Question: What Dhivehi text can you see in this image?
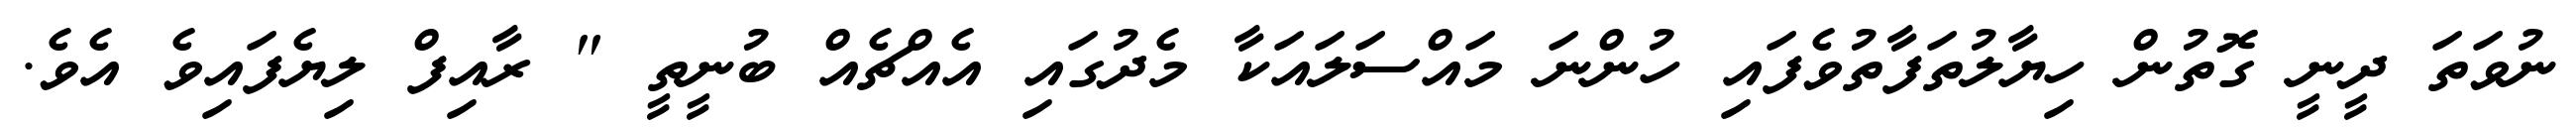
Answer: ނުވަތަ ދީނީ ގޮތުން ހިޔާލުތަފާތުވެފައި ހުންނަ މައްސަލައަކާ މެދުގައި އެއްޗެއް ބުނީތީ " ރާއިފް ލިޔެފައިވެ އެވެ.